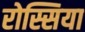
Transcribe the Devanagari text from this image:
रोस्सिया